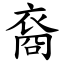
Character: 裔